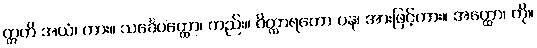
ဣတိ အယံ၊ ကား။ သင်္ခေပတ္ထော၊ တည်း။ ဝိတ္ထာရတော ပန၊ အားဖြင့်ကား။ အတ္ထော၊ ကို။